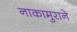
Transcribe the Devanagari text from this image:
नाकामुराने